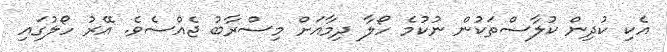
އެކި ކުދިން ކުލާސްތަކުން ނުކުމެ ހޯލާ ދިމާއަށް މިސްރާބު ޖެއްސެވެ. އޭރު ހޯލުގައި